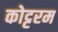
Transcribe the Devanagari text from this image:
कोट्टरम